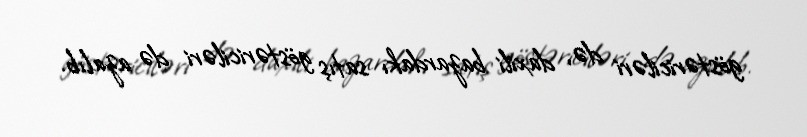
göstəriciləri də, daxili bazardakı satış göstəriciləri də azalıb.